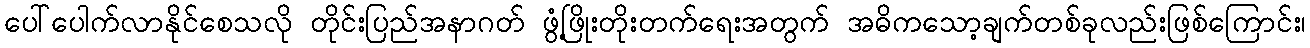
ပေါ်ပေါက်လာနိုင်စေသလို တိုင်းပြည်အနာဂတ် ဖွံ့ဖြိုးတိုးတက်ရေးအတွက် အဓိကသော့ချက်တစ်ခုလည်းဖြစ်ကြောင်း၊